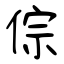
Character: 倧